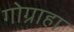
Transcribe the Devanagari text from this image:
गोग्राहा